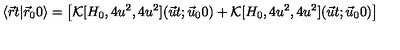
\langle \vec { r } t \vert \vec { r } _ { 0 } 0 \rangle = \bigl [ { \cal K } [ H _ { 0 } , 4 u ^ { 2 } , 4 u ^ { 2 } ] ( \vec { u } t ; \vec { u } _ { 0 } 0 ) + { \cal K } [ H _ { 0 } , 4 u ^ { 2 } , 4 u ^ { 2 } ] ( \vec { u } t ; \vec { u } _ { 0 } 0 ) \bigr ]